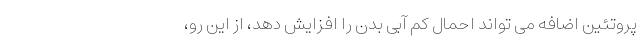
پروتئین اضافه می تواند احمال کم آبی بدن را افزایش دهد، از این رو،